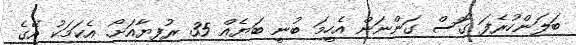
ބަލަންހުރެފަ ގޮސް ގަންނަން އެހީމަ ބުނީ ބަޔެއް 35 ރުފިޔާއަށޯ. އެކަމަކު އޭގެ